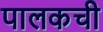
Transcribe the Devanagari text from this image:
पालकची